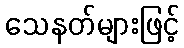
သေနတ်များဖြင့်